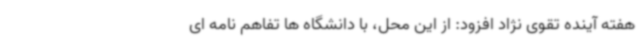
هفته آینده تقوی نژاد افزود: از این محل، با دانشگاه ها تفاهم نامه ای